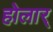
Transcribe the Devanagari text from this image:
होलार्